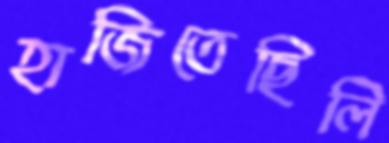
হাজিতেছিলি